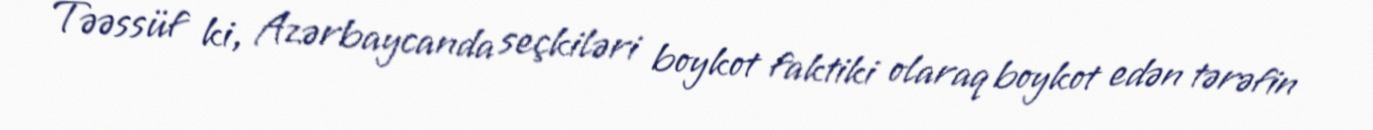
Təəssüf ki, Azərbaycanda seçkiləri boykot faktiki olaraq boykot edən tərəfin